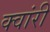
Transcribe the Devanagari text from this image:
क्वांरी